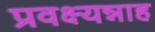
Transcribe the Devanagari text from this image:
प्रवक्ष्यन्नाह